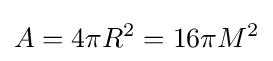
A=4\pi R^{2}=16\pi M^{2}